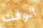
الوقت